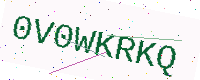
Text: 0V0WKRKQ